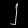
Digit: ၂